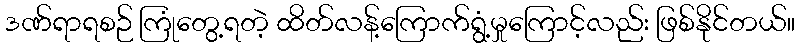
ဒဏ်ရာရစဉ် ကြုံတွေ့ရတဲ့ ထိတ်လန့်ကြောက်ရွံ့မှုကြောင့်လည်း ဖြစ်နိုင်တယ်။